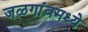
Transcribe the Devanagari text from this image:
जळगांवमध्ये